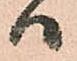
ハ